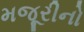
મજૂરીનો